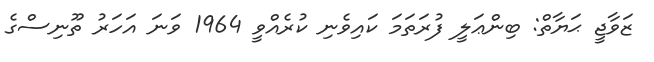
ޒަވާޖީ ޙަޔާތް: ބިންޢަލީ ފުރަތަމަ ކައިވެނި ކުރެއްވީ 1964 ވަނަ އަހަރު ތޫނިސްގެ